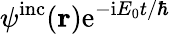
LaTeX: \psi^{\mathrm{inc}}({\mathbf r})\mathrm{e}^{-\mathrm{i}E_{0}t/\hbar}